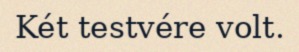
Két testvére volt.